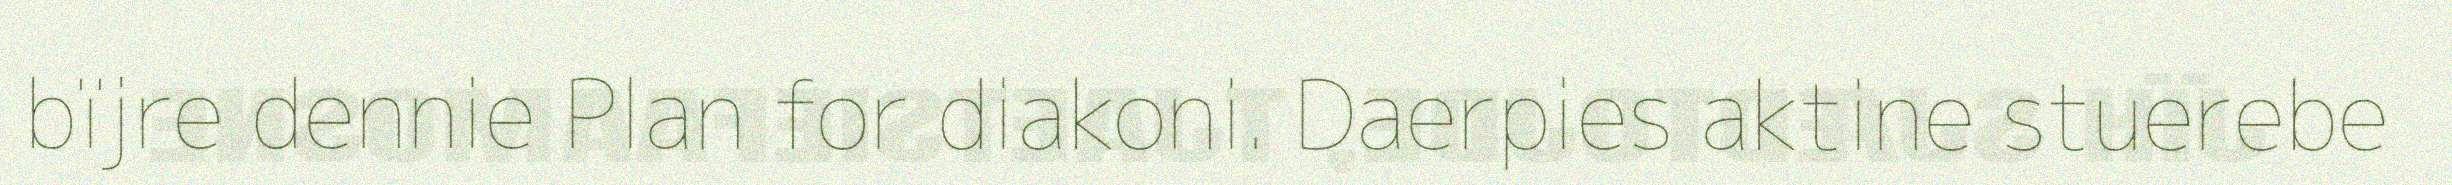
bïjre dennie Plan for diakoni. Daerpies aktine stuerebe